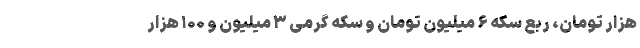
هزار تومان، ربع سکه ۶ میلیون تومان و سکه گرمی ۳ میلیون و ۱۰۰ هزار